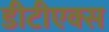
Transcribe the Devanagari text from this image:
डीटीएक्स